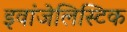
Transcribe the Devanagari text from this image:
इवांजेलिस्टिक